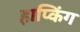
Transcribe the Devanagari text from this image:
हाप्किंग